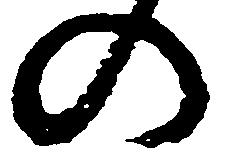
の